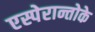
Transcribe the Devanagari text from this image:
एस्पेरान्तोके